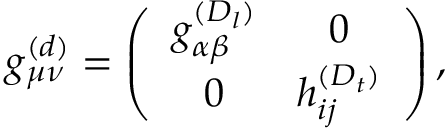
g _ { \mu \nu } ^ { ( d ) } = \left( \begin{array} { c c } { { g _ { \alpha \beta } ^ { ( D _ { l } ) } } } & { { 0 } } \\ { { 0 } } & { { h _ { i j } ^ { ( D _ { t } ) } } } \end{array} \right) ,